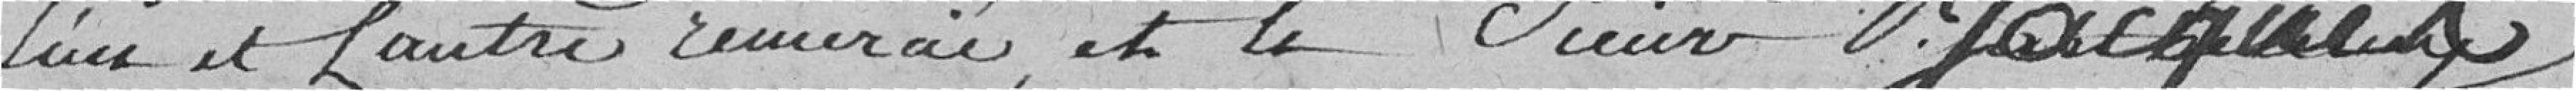
l'un et l'autre remercié, et le Sieur Jacques